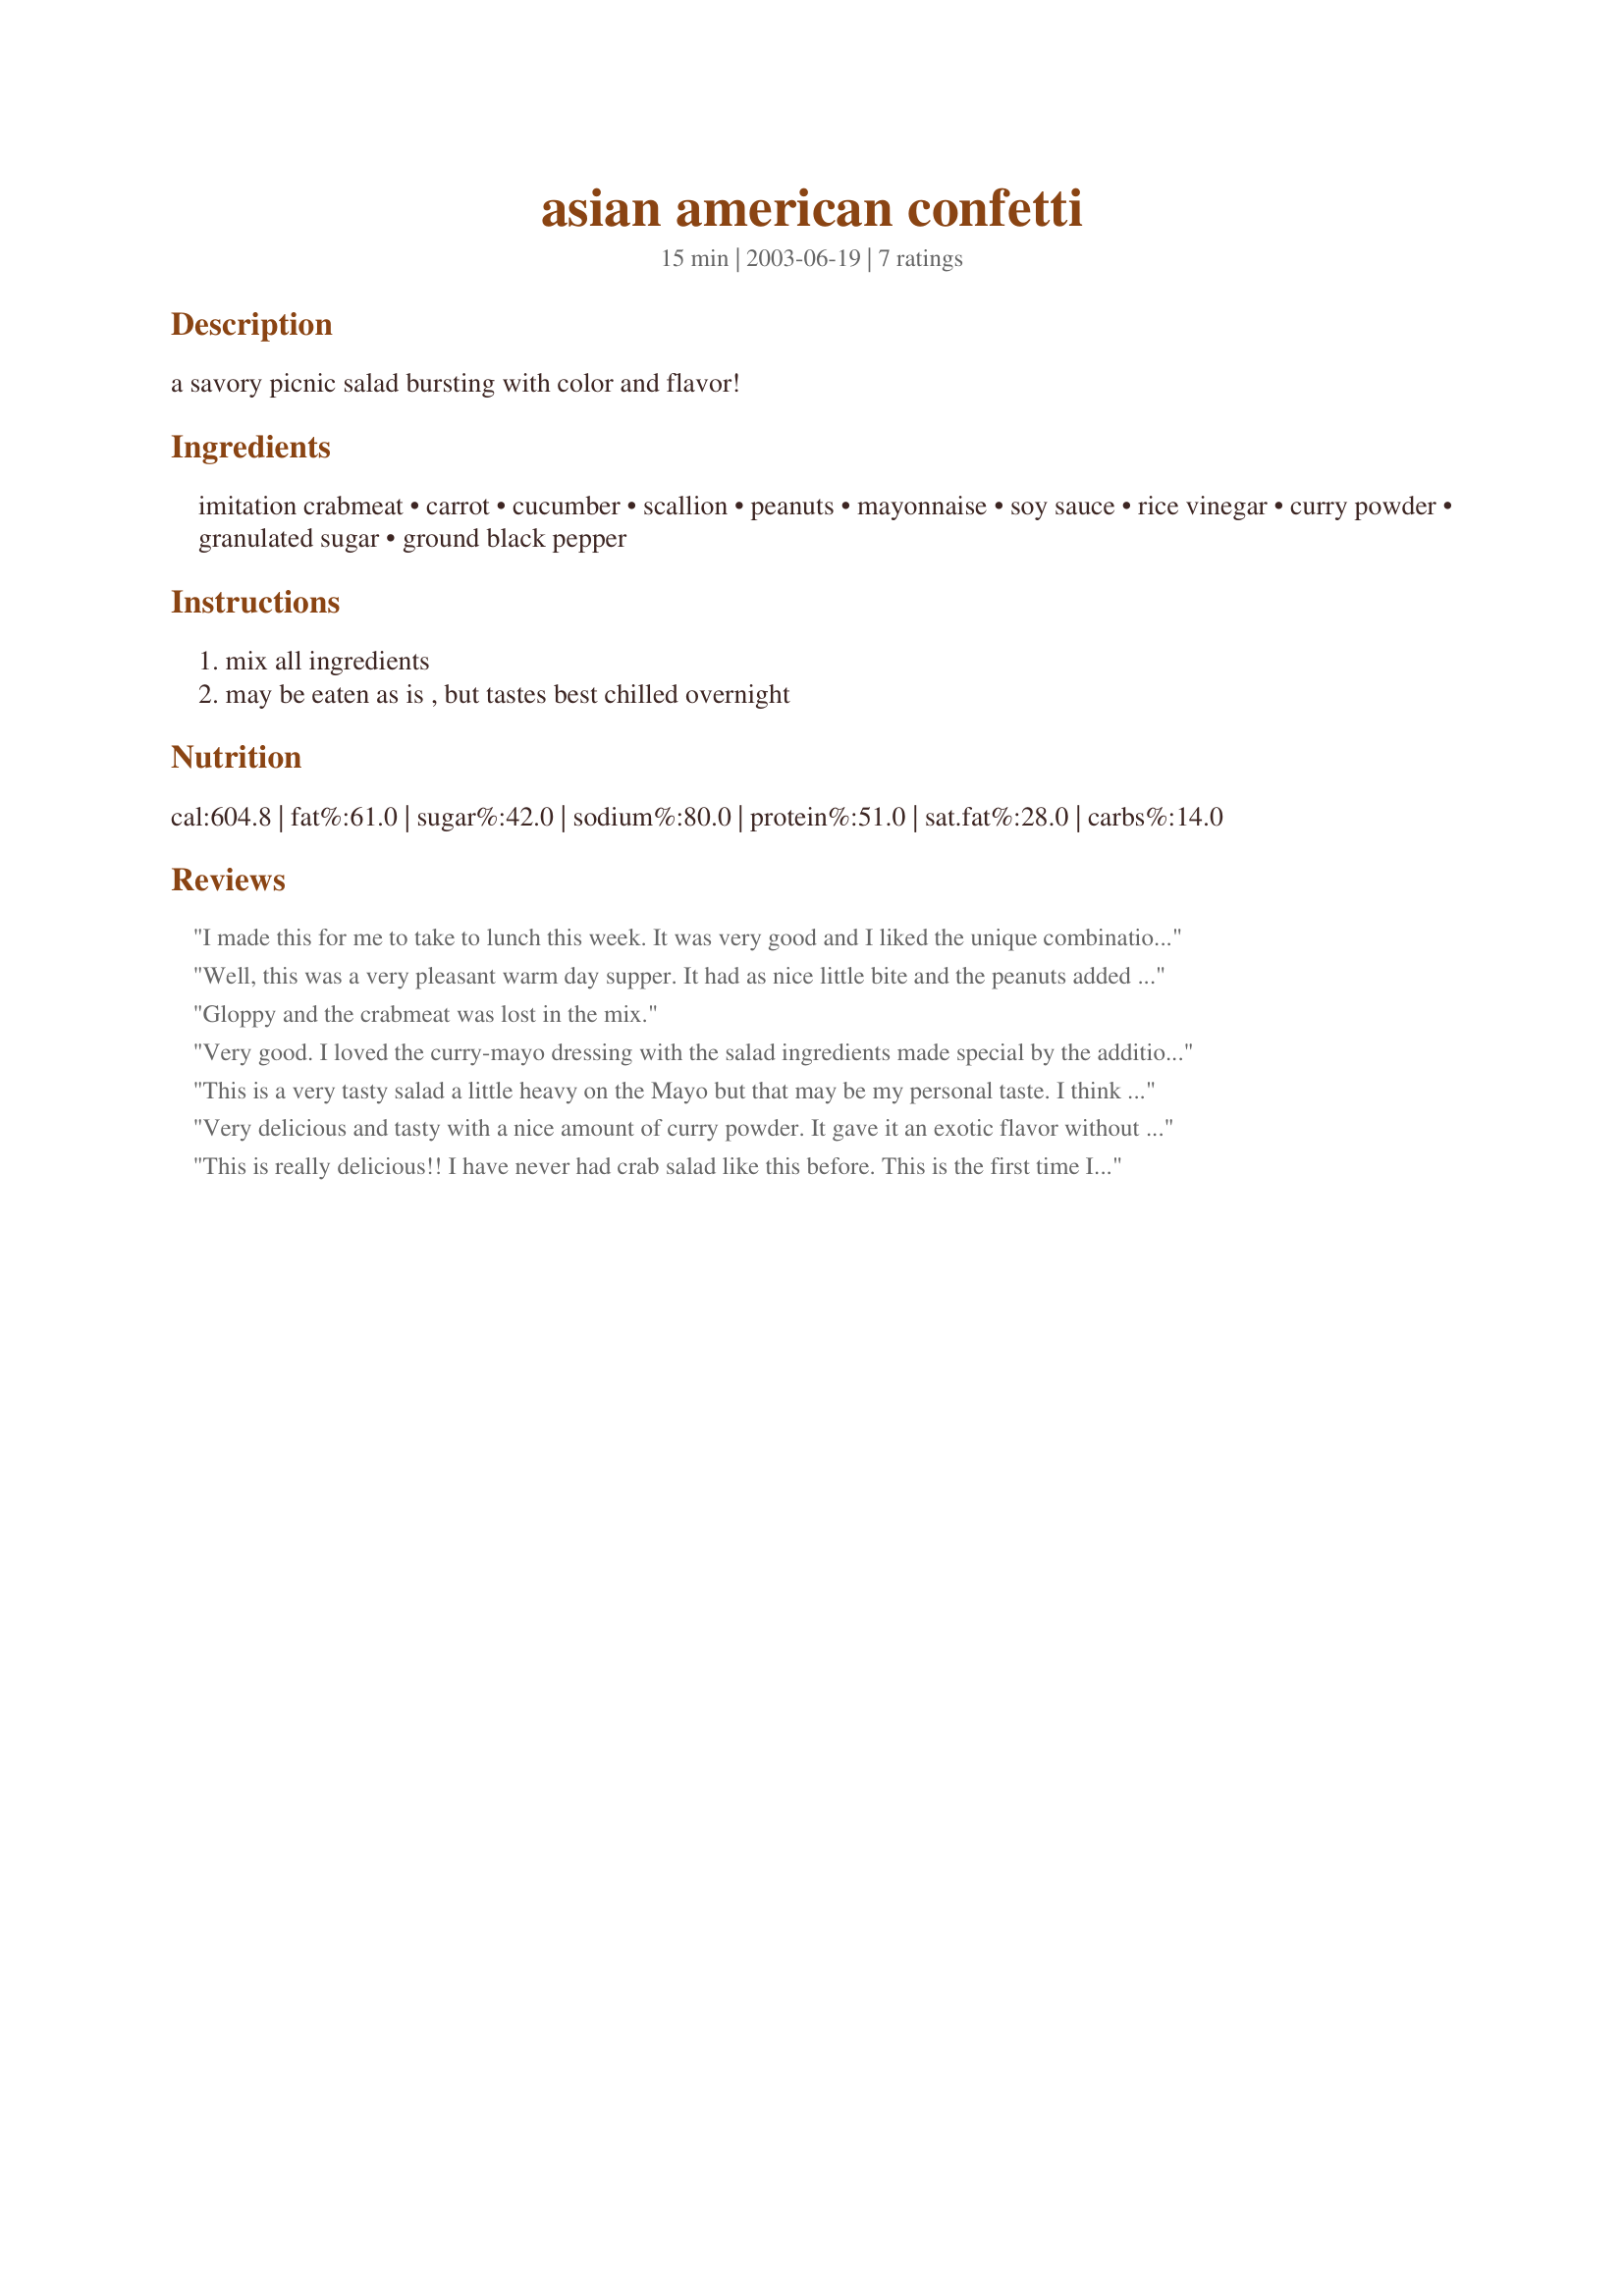
asian american confetti
Preparation time: 15 minutes

a savory picnic salad bursting with color and flavor!

Ingredients:
imitation crabmeat, carrot, cucumber, scallion, peanuts, mayonnaise, soy sauce, rice vinegar, curry powder, granulated sugar, ground black pepper

Steps:
mix all ingredients, may be eaten as is , but tastes best chilled overnight

Reviews:
I made this for me to take to lunch this week. It was very good and I liked the unique combination of ingredients. The flavor of the dressing definitely had a yummy Asian flair to it. I let it refrigerate over night, like you suggested and believe that is the best thing to do. I will double it next time so my husband can try it--I hogged it all for myself. Good luck in the contest.
Well, this was a very pleasant warm day supper. It had as nice little bite and the peanuts added a very nice crunch. I ate half for supper and left half in the fridge to take for lunch tomorrow.I made it exactly as instructed and was very pleased with the results, a nice fresh taste for summer. Well thought out compatable ingredients. I'm sure the lunch portion for tomorrow will be even better, I was only able to leave it in the fridge for 2 hours tonight. I will certainly be making this again, thanks for sharing and good luck!!
Gloppy and the crabmeat was lost in the mix.
Very good. I loved the curry-mayo dressing with the salad ingredients made special by the addition of peanuts. I made the recipe as directed except for substituting shredded carrots (1 1/4 cups. DH, who doesn't care for the taste of curry loved the salad. The next day, the dressing over powered the salad ingredients. I think the dressing is a real treasure and will put it in my "Book of Tricks". Thanks RSC Chef !
This is a very tasty salad a little heavy on the Mayo but that may be my personal taste. I think it is a good idea to whip (mix) the Mayo, Soy, Vinegar, curry, sugar & pepper together before mixing it with the crab, carrot, cucumbers & scallions. Personally I would sprinkle the peanuts on top. I do not want to sound negative I loved this salad and will make it again I just thought that an extra step or two in the preparation would be helpful Thanks for a lovely summer salad dish
Very delicious and tasty with a nice amount of curry powder. It gave it an exotic flavor without overpowering the other ingredients. There were no leftovers!!! Good luck in the contest!
This is really delicious!! I have never had crab salad like this before. This is the first time I have ever made anything with Curry Powder. I like it!! I will definitely make this recipe again. Definitely 5 stars.
